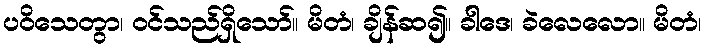
ပဝိသေတွာ၊ ဝင်သည်ရှိသော်။ မိတံ၊ ချိန်ဆ၍။ ခါဒေ၊ ခဲလေလော။ မိတံ၊